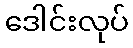
ဒေါင်းလုပ်